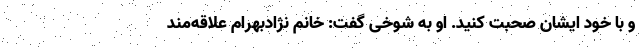
و با خود ایشان صحبت کنید. او به شوخی گفت: خانم نژادبهرام علاقه‌مند